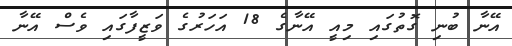
އޭނާ ބުނި ގޮތުގައި މިއީ އޭނާގެ 18 އަހަރުގެ ވަޒީފާގައި ވެސް އޭނާ